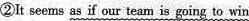
②It seems as if our team is going to win